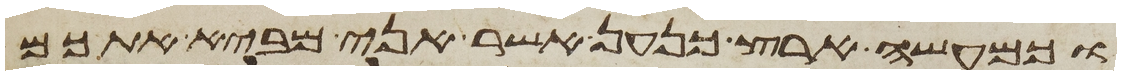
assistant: וכמעשה ארץ כנען אשר אני מביא אתכם